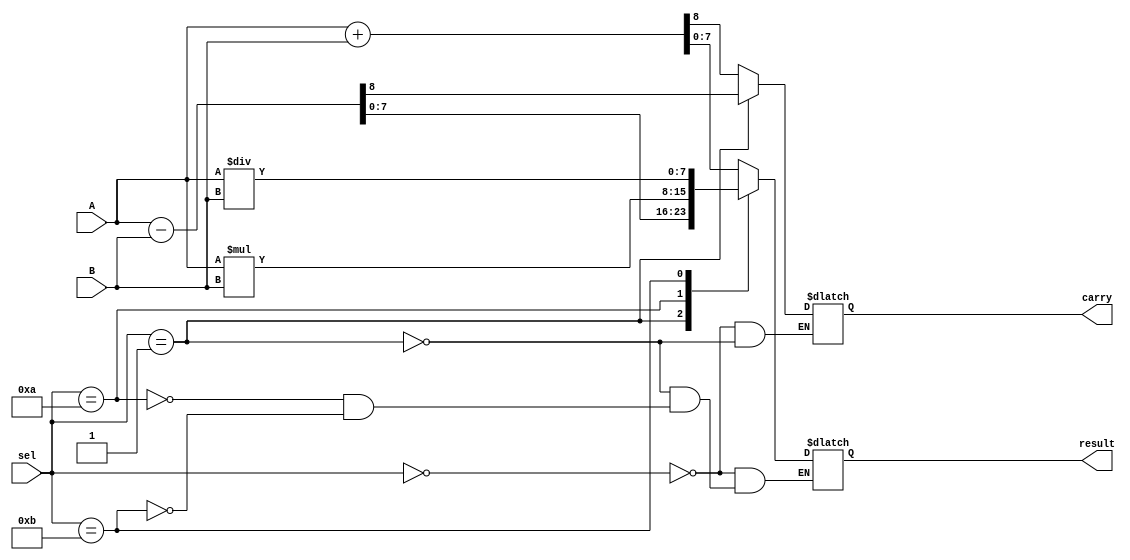
module ALU(
	input [7:0] A,B,
	input [3:0] sel,
	output reg [7:0] result,
	output reg carry
	);

always @ (*)
begin
	case(sel)
	
	//Arithmatic
	0000 : {carry,result} = A + B;
	0001 : {carry,result} = A - B;
	0010 : result = A * B;
	0011 : result = A / B;
	//Bitwise
	0100 : result = A >> B;
	0101 : result = A << B;
	0110 : result = {A[6:0],A[7]};
	0111 : result = {B[0],B[7:1]};
	//Comparision
	1000 : result = (A > B)?8'd1:8'd0;
	1001 : result = (A < B)?8'd1:8'd0;
	//Logical
	1010 : result = (A & B);
	1011 : result = ~(A & B);
	1100 : result = (A | B);
	1101 : result = ~(A | B);
	1110 : result = (A ^ B);
	1111 : result = ~(A ^ B);
	
	endcase
end

endmodule